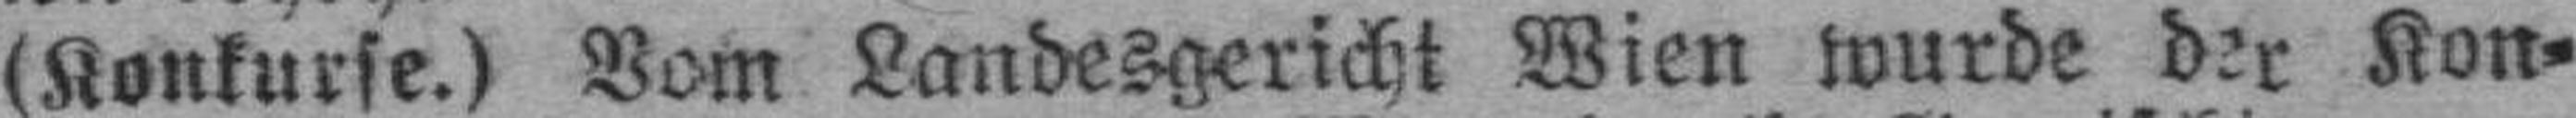
(Konkurse.) Vom Landesgericht Wien wurde der Kon¬